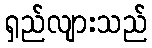
ရှည်လျားသည်